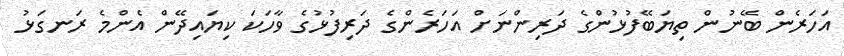
އަހަރެން ބޭނުން ތިޔަބޭފުޅުންގެ ދަރިންނަށް އަހަރެންގެ ދަރިފުޅުގެ ވާހަކަ ކިޔައިދޭން އެންމެ ރަނގަޅު